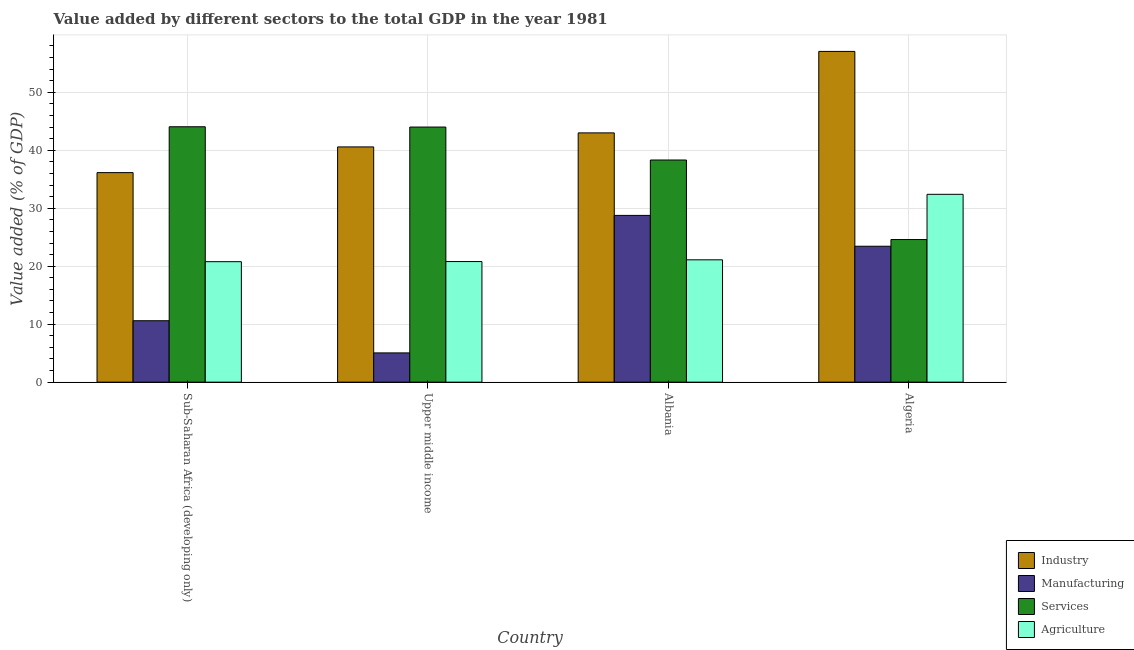
| Country | Industry | Manufacturing | Services | Agriculture |
 | --- | --- | --- | --- | --- |
 | Sub-Saharan Africa (developing only) | 36.1 | 10.6 | 44.1 | 20.8 |
 | Upper middle income | 40.6 | 5.05 | 44 | 20.8 |
 | Albania | 43 | 28.8 | 38.3 | 21.1 |
 | Algeria | 57.1 | 23.4 | 24.6 | 32.4 |